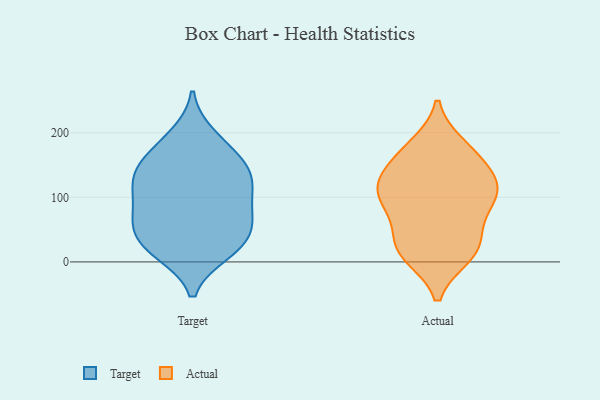
{"axis": {"x": "Active Users", "y": "Value"}, "legend": ["Actual", "Target"], "data": [{"x": "", "y": 127, "type": "Target"}, {"x": "", "y": 132, "type": "Target"}, {"x": "", "y": 30, "type": "Target"}, {"x": "", "y": 65, "type": "Target"}, {"x": "", "y": 161, "type": "Target"}, {"x": "", "y": 175, "type": "Target"}, {"x": "", "y": 22, "type": "Target"}, {"x": "", "y": 136, "type": "Target"}, {"x": "", "y": 71, "type": "Target"}, {"x": "", "y": 27, "type": "Target"}, {"x": "", "y": 129, "type": "Target"}, {"x": "", "y": 106, "type": "Target"}, {"x": "", "y": 16, "type": "Target"}, {"x": "", "y": 194, "type": "Target"}, {"x": "", "y": 61, "type": "Target"}, {"x": "", "y": 79, "type": "Target"}, {"x": "", "y": 107, "type": "Actual"}, {"x": "", "y": 163, "type": "Actual"}, {"x": "", "y": 11, "type": "Actual"}, {"x": "", "y": 128, "type": "Actual"}, {"x": "", "y": 88, "type": "Actual"}, {"x": "", "y": 179, "type": "Actual"}, {"x": "", "y": 21, "type": "Actual"}, {"x": "", "y": 129, "type": "Actual"}, {"x": "", "y": 17, "type": "Actual"}, {"x": "", "y": 169, "type": "Actual"}, {"x": "", "y": 22, "type": "Actual"}, {"x": "", "y": 105, "type": "Actual"}, {"x": "", "y": 53, "type": "Actual"}, {"x": "", "y": 118, "type": "Actual"}, {"x": "", "y": 88, "type": "Actual"}]}